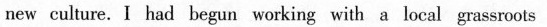
new culture._I had begun warking with a iocal gnussmots ic